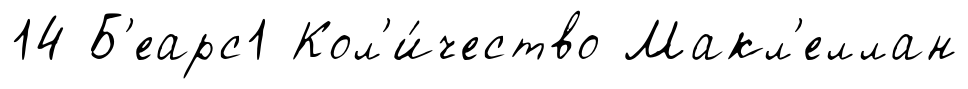
14 Б'еарс1 Кол'и́чество Макл'еллан